Report on plague and inoculation in the Punjab from October 1st ... to September 30th..., being the ... season of plague in the province
Disease focus: Plague
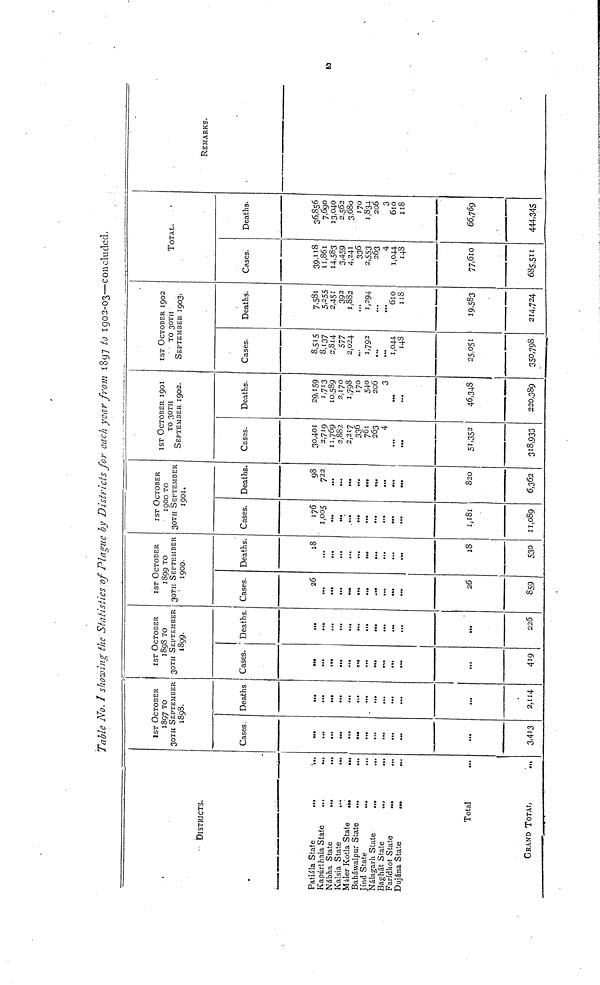
Table No. I showing the Statistics of Plague by Districts for each year from 1897 to 1902-03—concluded.
DISTRICTS.
Patiála State
Kapúrthala State
Nábha State
Kalsia State
Máler Kotla State
Baháwalpur State
Jind State
Nálagarh State
Baghát State
Faridkot State
Dujána State
...
...
...
...
...
...
...
...
...
...
...
Total
GRAND TOTAL
...
...
•••
...
...
...
...
...
...
...
...
...
...
1ST OCTOBER
1897 TO
30TH SEPTEMBER
1898.
Cases.
...
...
...
...
...
...
...
...
...
...
...
...
3,413
Deaths
...
...
...
...
...
...
...
...
...
...
...
...
2,114
IST OCTOBER
1898 TO
30TH SEPTEMBER
1899.
Cases.
...
...
...
...
...
...
...
...
...
...
...
...
419
Deaths.
...
...
...
...
...
...
...
...
...
...
...
...
226
IST OCTOBER
1899 TO
30TH SEPTEMBER
1900.
Cases.
26
...
...
...
...
...
...
...
...
...
...
26
859
Deaths.
18
...
...
...
...
...
...
...
...
...
...
18
530
IST OCTOBER
1900 TO
30TH SEPTEMBER
1901.
Cases.
176
1,005
...
...
...
...
...
...
...
...
...
1,181
11,089
Deaths.
98
722
...
...
...
...
...
...
...
...
...
820
6,362
IST OCTOBER 1901
TO 30TH
SEPTEMBER 1902.
Cases.
30,401
2,719
11,769
2,SS2
2,217
336
761
263
4
...
...
51,352
318,933
Deaths.
29,159
1,713
10,589
2,170
1,798
170
540
206
3
...
...
46,348
220,389
IST OCTOBER 1902
TO 30TH
SEPTEMBER 1903;
Cases.
8,515
8,137
2,814
577
2,024
...
1,792
...
...
1,044
148
25,051
350,798
Deaths.
7,581
5,255
2,451
392
1,882
...
1,294
...
...
610
118
19,583
214,724
TOTAL.
Cases.
39,118
11,861
14,583
3,459
4,241
336
2,553
263
4
1,044
148
77,610
685,511
Deaths.
36,856
7,690
13,040
2,562
3,68o
170
1,834
206
3
610
118
66,769
444,345
REMARKS.